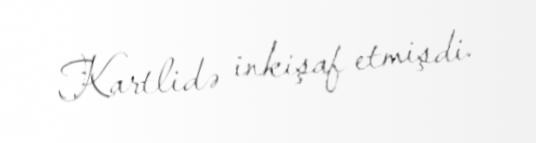
Kartlidə inkişaf etmişdi.